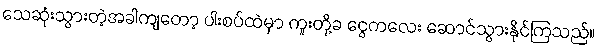
သေဆုံးသွားတဲ့အခါကျတော့ ပါးစပ်ထဲမှာ ကူးတို့ခ ငွေကလေး ဆောင်သွားနိုင်ကြသည်။